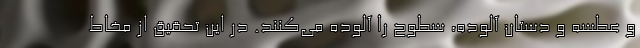
و عطسه و دستان آلوده، سطوح را آلوده می‌کنند. در این تحقیق از مخاط